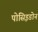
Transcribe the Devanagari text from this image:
पोसिइडोन